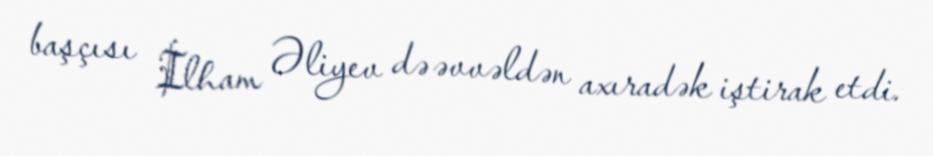
başçısı İlham Əliyev də əvvəldən axıradək iştirak etdi.